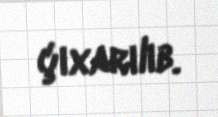
çıxarılıb.